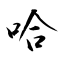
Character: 哈